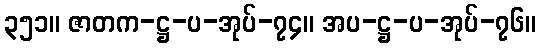
၃၅၁။ ဇာတက-ဋ္ဌ-ပ-အုပ်-၇၄။ အပ-ဋ္ဌ-ပ-အုပ်-၇၆။